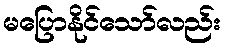
မပြောနိုင်သော်လည်း